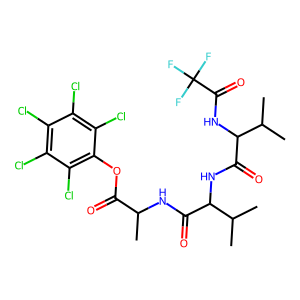
SMILES: CC(NC(=O)C(NC(=O)C(NC(=O)C(F)(F)F)C(C)C)C(C)C)C(=O)Oc1c(Cl)c(Cl)c(Cl)c(Cl)c1Cl
Inhibits HIV replication: No